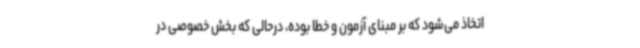
اتخاذ می‌شود که بر مبنای آزمون و خطا بوده، درحالی که بخش خصوصی در